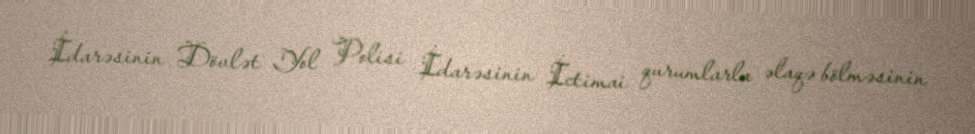
İdarəsinin Dövlət Yol Polisi İdarəsinin İctimai qurumlarla əlaqə bölməsinin